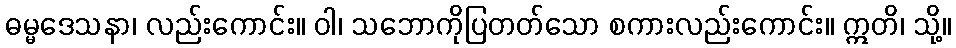
ဓမ္မဒေသနာ၊ လည်းကောင်း။ ဝါ၊ သဘောကိုပြတတ်သော စကားလည်းကောင်း။ ဣတိ၊ သို့။